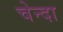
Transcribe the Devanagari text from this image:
चेन्दा